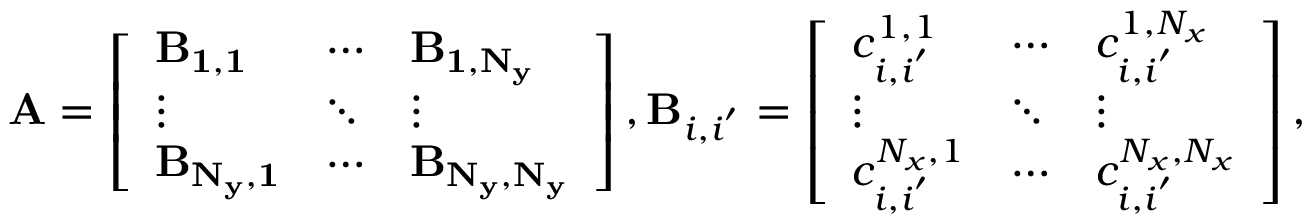
\mathbf { A } = \left[ \begin{array} { l l l } { \mathbf { B _ { 1 , 1 } } } & { \cdots } & { \mathbf { B _ { 1 , N _ { y } } } } \\ { \vdots } & { \ddots } & { \vdots } \\ { \mathbf { B _ { N _ { y } , 1 } } } & { \cdots } & { \mathbf { B _ { N _ { y } , N _ { y } } } } \end{array} \right] , \mathbf { B } _ { i , i ^ { ' } } = \left[ \begin{array} { l l l } { c _ { i , i ^ { ' } } ^ { 1 , 1 } } & { \cdots } & { c _ { i , i ^ { ' } } ^ { 1 , N _ { x } } } \\ { \vdots } & { \ddots } & { \vdots } \\ { c _ { i , i ^ { ' } } ^ { N _ { x } , 1 } } & { \cdots } & { c _ { i , i ^ { ' } } ^ { N _ { x } , N _ { x } } } \end{array} \right] ,